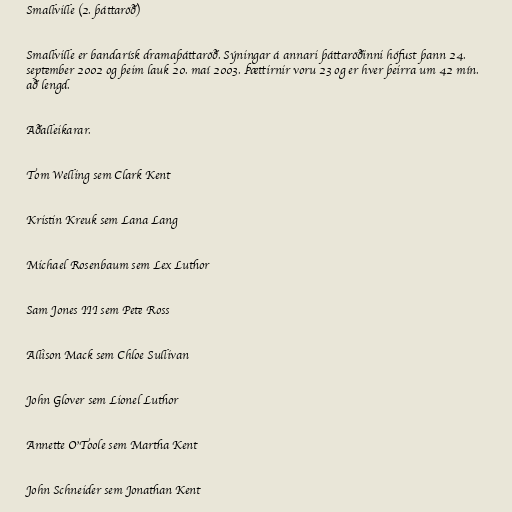
Smallville (2. þáttaröð)

Smallville er bandarísk dramaþáttaröð. Sýningar á annari þáttaröðinni hófust þann 24.
september 2002 og þeim lauk 20. maí 2003. Þættirnir voru 23 og er hver þeirra um 42 mín.
að lengd.

Aðalleikarar.

Tom Welling sem Clark Kent

Kristin Kreuk sem Lana Lang

Michael Rosenbaum sem Lex Luthor

Sam Jones III sem Pete Ross

Allison Mack sem Chloe Sullivan

John Glover sem Lionel Luthor

Annette O'Toole sem Martha Kent

John Schneider sem Jonathan Kent